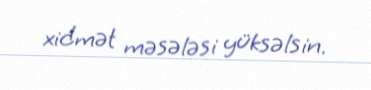
xidmət məsələsi yüksəlsin.